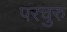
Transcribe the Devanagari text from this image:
परचुरु